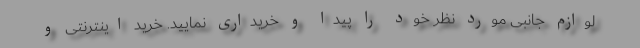
لوازم جانبی مورد نظر خود را پیدا و خریداری نمایید. خرید اینترنتی و